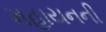
મહાયનની